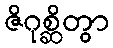
ဇိဂုစ္ဆိတွာ